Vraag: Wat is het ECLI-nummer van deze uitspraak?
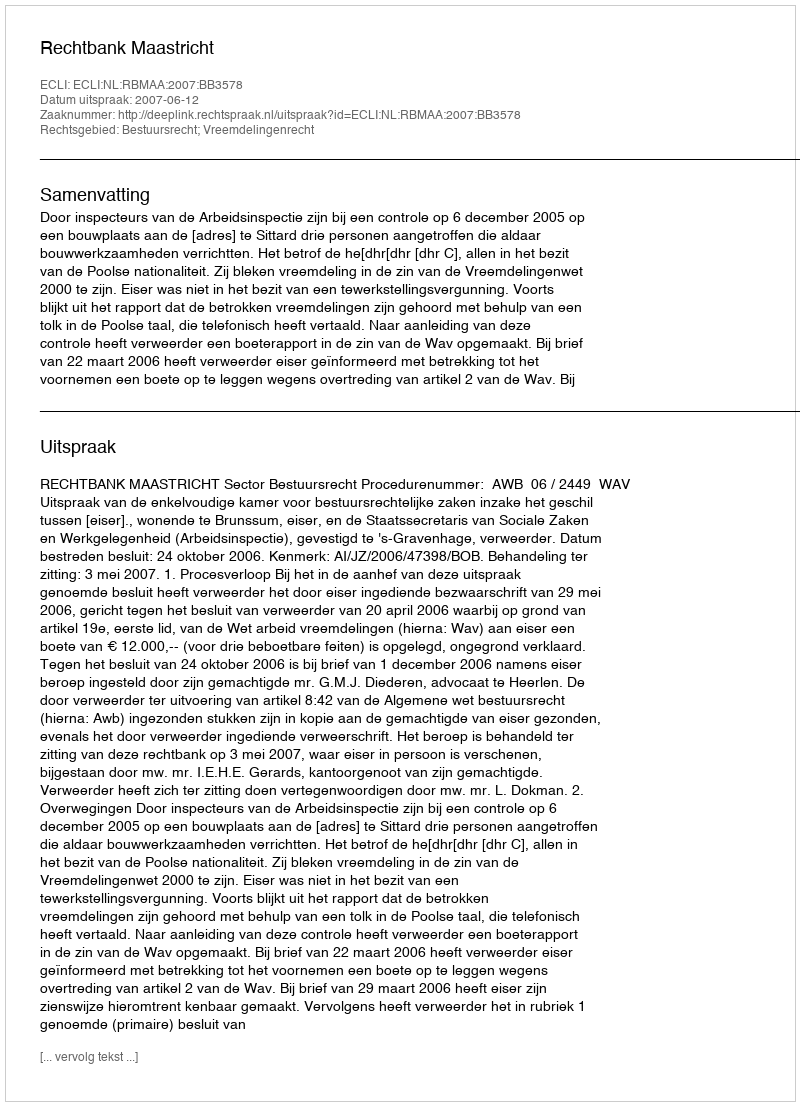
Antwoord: ECLI:NL:RBMAA:2007:BB3578